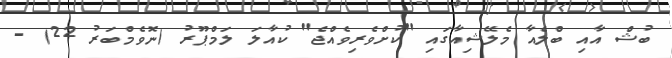
ބުޝް އާއި ބްލެއާ މެލޭޝިއާގައި "ކުށްވެރިވެއްޖެ" ކުއާލަ ލަމްޕޫރު (ނޮވެމްބަރު 22) -